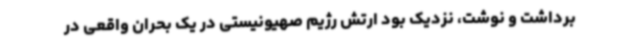
برداشت و نوشت، نزدیک بود ارتش رژیم صهیونیستی در یک بحران واقعی در